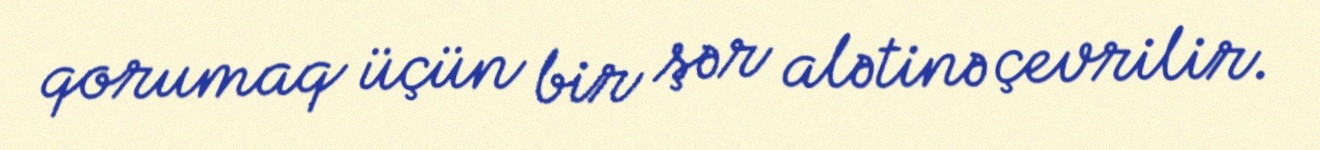
qorumaq üçün bir şər alətinə çevrilir.